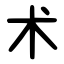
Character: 术